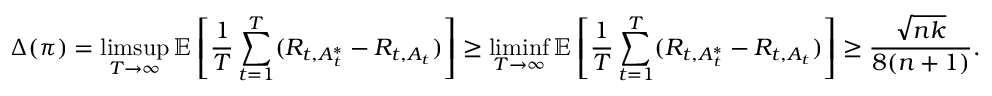
\Delta ( \pi ) = \operatorname* { l i m s u p } _ { T \rightarrow \infty } \mathbb { E } \left[ \frac { 1 } { T } \sum _ { t = 1 } ^ { T } ( R _ { t , A _ { t } ^ { * } } - R _ { t , A _ { t } } ) \right] \geq \operatorname* { l i m i n f } _ { T \rightarrow \infty } \mathbb { E } \left[ \frac { 1 } { T } \sum _ { t = 1 } ^ { T } ( R _ { t , A _ { t } ^ { * } } - R _ { t , A _ { t } } ) \right] \geq \frac { \sqrt { n k } } { 8 ( n + 1 ) } .